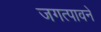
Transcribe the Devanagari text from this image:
जगत्पावने